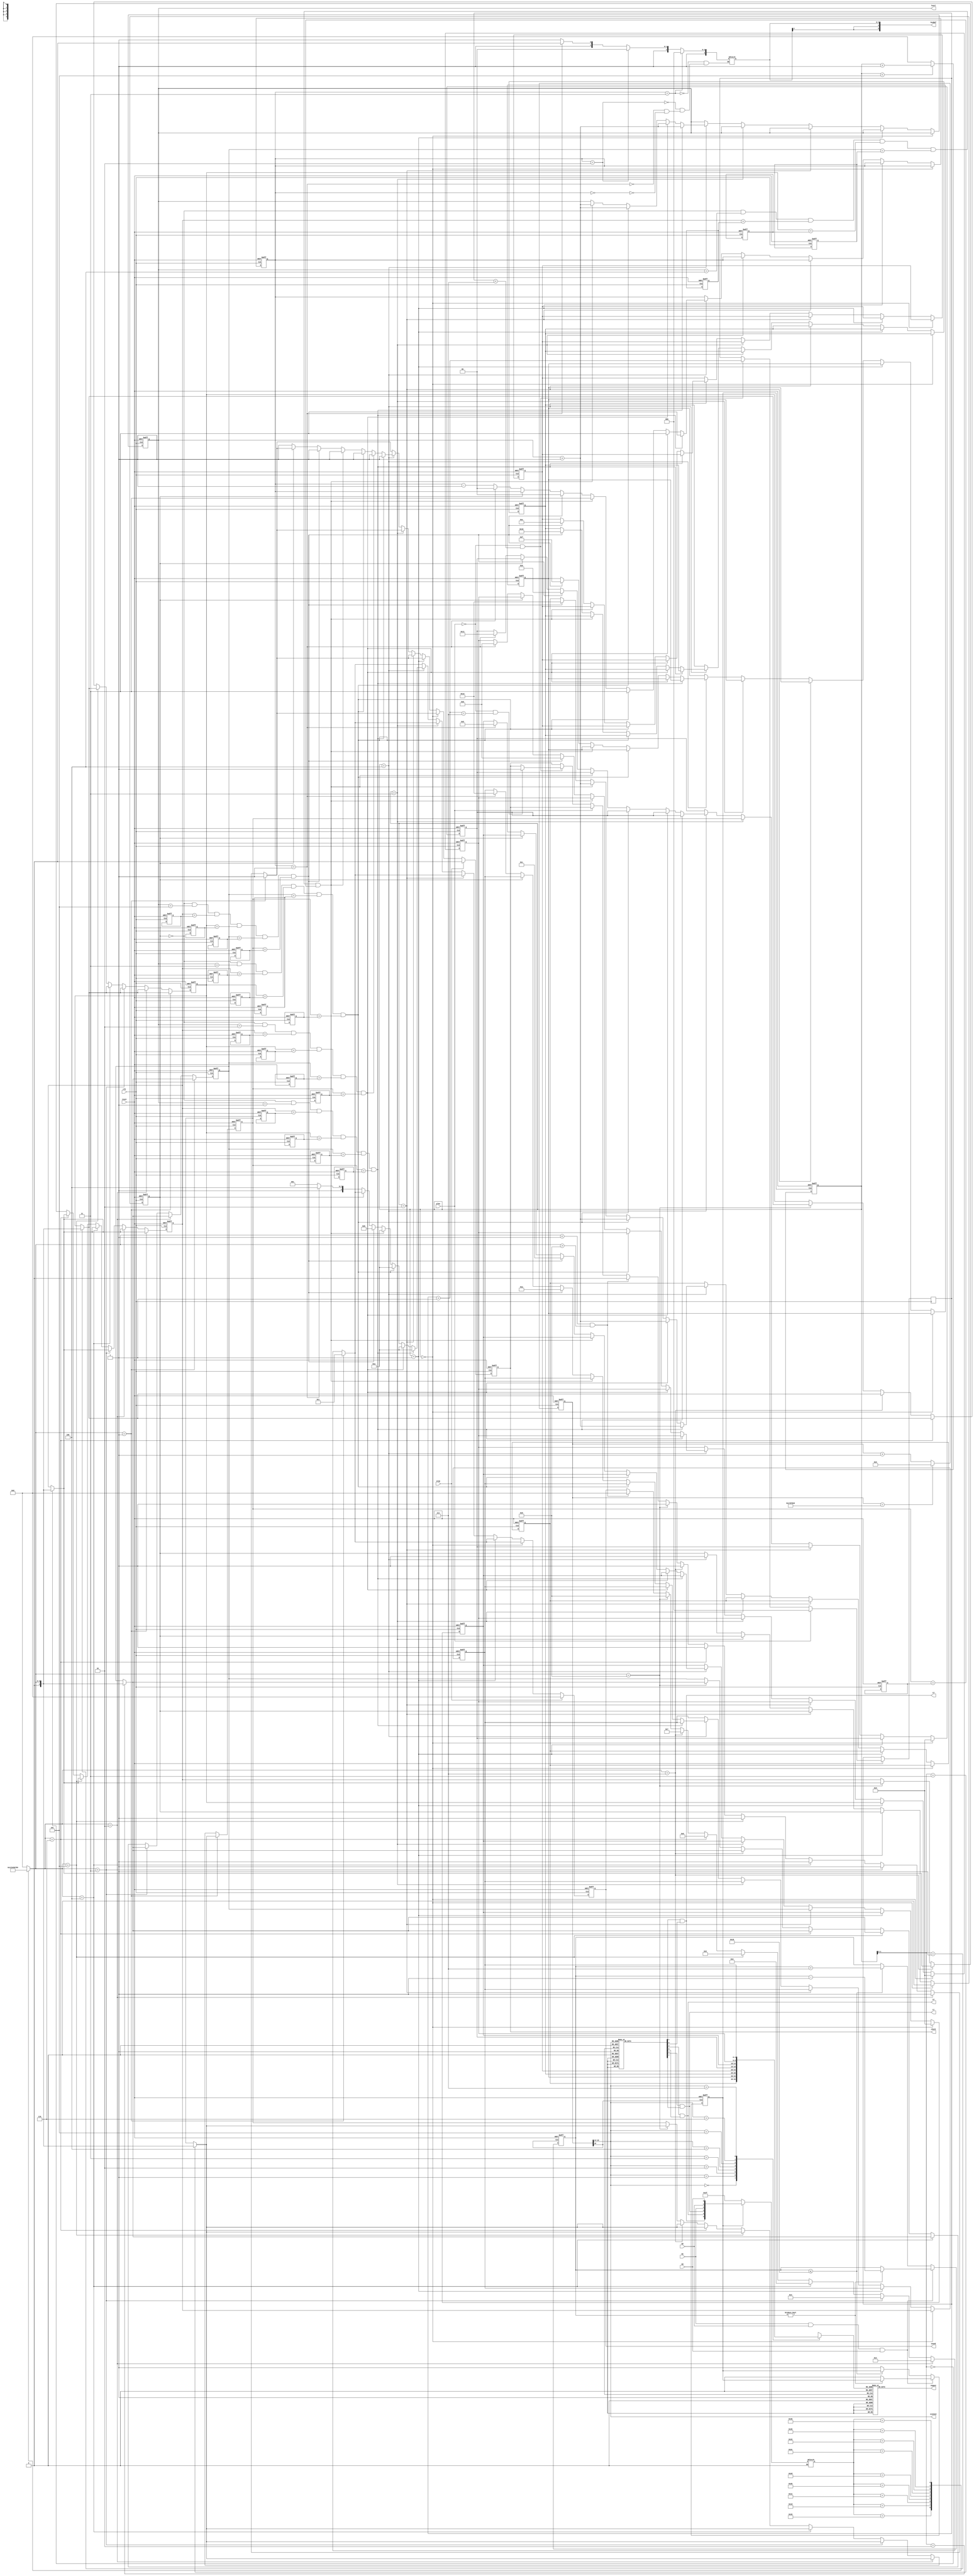
module game(clk,reset,segout,scanout,L1,L2,L3,B1,B2,B3,play,check,stop,level,sound,keyBuf);
input reset, clk, play;
output reg [7:0] segout;
output reg [2:0] scanout;
output wire L1,L2,L3;
input wire B1,B2,B3;
output reg [4:0] level=1;  //4bits total 8 level
output reg [0:0] check = 0;
output reg [3:0] sound = 0;
output reg[5:0] keyBuf=6'b111111;
input stop;

reg [25:0] cnt_scan;
reg[4:0] sel;

reg [5:0] led;

reg clk1;
reg clk2;

reg [4:0] q0;
reg [4:0] q1;
reg [4:0] q2;
reg [4:0] q3;
reg [4:0] q4;
reg [4:0] q5;
reg [4:0] q6;
reg [4:0] q7;

reg [4:0] user [0:3];
reg [4:0] answer1 [0:3];//answer1 0~4  size:4
reg [4:0] answer2 [0:3];
reg [4:0] answer3 [0:3];
reg [4:0] answer4 [0:3];
reg [4:0] answer5 [0:3];

reg [3:0] buttom_count=5;

reg[3:0] keyCode=0;
reg[2:0] bncCount_play=0;

wire din;
reg dnc_rslt;
reg [2:0] dly_dnc_rslt;
reg [4:0] key_press_cnt;
reg [7:0] scanout1;
reg [0:0] temp=0;
reg [1:0] life = 3;

always@(posedge clk or negedge reset)
begin
 	if(!reset)
 	begin
  		cnt_scan<=0;
 	end
 	else 
 	begin 
  		cnt_scan<=cnt_scan+1;
  		if(cnt_scan == 25000000)
  		begin
   			cnt_scan<=0;
   			clk1<=~clk1;
  		end
 	end
end  

always@(posedge clk,negedge reset)
begin
 	if(reset == 0)
 	begin
  		check = 0;
  		sound = 0;
  		
		user[0] = 5'b01101;
		user[1] = 5'b01101;
		user[2] = 5'b01101;
		user[3] = 5'b01101;
		
		answer1[0] = 1;
		answer1[1] = 1;
		answer1[2] = 5;
		answer1[3] = 5;
		
		answer2[0] = 3;
		answer2[1] = 2;
		answer2[2] = 3;
		answer2[3] = 2;
		
		answer3[0] = 3;
		answer3[1] = 5;
		answer3[2] = 6;
		answer3[3] = 5;
		
		answer4[0] = 8;
		answer4[1] = 4;
		answer4[2] = 7;
		answer4[3] = 3;
		
		answer5[0] = 2;
		answer5[1] = 5;
		answer5[2] = 3;
		answer5[3] = 1;
		
		q0=5'b00001; //start from level 1
  		q1=5'b01011; 
  		q2=5'b01101;
  		q3=5'b01101;
  		q4=5'b01101;
  		q5=5'b01101;
  		q6=5'b01101;
  		q7=5'b01101;
  		
  		level = 1;
		
		temp = 0;
		life = 3;
  	end
 	else 
 	begin
 		if(play == 1)
			bncCount_play=0;
 		else if (play == 0 && bncCount_play <3'b111)
 		begin
  			bncCount_play = bncCount_play + 1;
  			if(play == 0 && bncCount_play == 3'b111)
  			begin
   				check = 1;
   			end
 		end
			
		if(keyCode == 1)
		begin
			check=1;
			sound=1;
			user[buttom_count] <= keyCode;
		end
		else if(keyCode == 2)
		begin
			check=1;
			sound=2;
			user[buttom_count] <= keyCode;
		end
		else if(keyCode == 3)
		begin
			check=1;
			sound=3;
			user[buttom_count] <= keyCode;
		end
		else if(keyCode == 4)
		begin
			check=1;
			sound=4;
			user[buttom_count] <= keyCode;
		end
		else if(keyCode == 5)
		begin
			check=1;
			sound=5;
			user[buttom_count] <= keyCode;
		end
		else if(keyCode == 6)
		begin
			check=1;
			sound=6;
			user[buttom_count] <= keyCode;
		end
		else if(keyCode == 7)
		begin
			check=1;
			sound=7;
			user[buttom_count] <= keyCode;
		end
		else if(keyCode == 8)
		begin
			check=1;
			sound=8;
			user[buttom_count] <= keyCode;
		end
		else if(keyCode<1 && keyCode>8)
		begin
			check = 0;
			sound = 0;
		end
		
		if(buttom_count == 0)
		begin
			q7<=5'b01101;
			q6<=5'b01101;
			q5<=5'b01101;
			q4<=5'b01101;
			q7 <= user[0];
			temp = 0;
		end			
		else if(buttom_count == 1)
			q6 <= user[1];
		else if(buttom_count == 2)
			q5 <= user[2];
		else if(buttom_count == 3)
			q4 <= user[3];
		else if(buttom_count==4)
		begin
			if(temp == 0 && level == 1 && user[0] == answer1[0] && user[1] == answer1[1] && user[2] == answer1[2] && user[3] == answer1[3])
			begin
				check=1;
				sound=10;
				level = level + 1;
				q0<=level;
				temp = 1;	
				life = 3;
			end
			else if(temp == 0 && level == 2 && user[0] == answer2[0] && user[1] == answer2[1] && user[2] == answer2[2] && user[3] == answer2[3])
			begin
				check=1;
				sound=10;
				level = level + 1;
				q0<=level;
				temp = 1;
				life = 3;
			end
			else if(temp == 0 && level == 3 && user[0] == answer3[0] && user[1] == answer3[1] && user[2] == answer3[2] && user[3] == answer3[3])
			begin
				check=1;
				sound=10;
				level = level + 1;
				q0<=level;
				temp = 1;
				life = 3;
			end
			else if(temp == 0 && level == 4 && user[0] == answer4[0] && user[1] == answer4[1] && user[2] == answer4[2] && user[3] == answer4[3])
			begin
				check=1;
				sound=10;
				level = level + 1;
				q0<=level;
				temp = 1;
				life = 3;
			end			
			else if(temp == 0 && level == 5 && user[0] == answer5[0] && user[1] == answer5[1] && user[2] == answer5[2] && user[3] == answer5[3])
			begin
				q0 <= 5'b10010;
				q1 <= 5'b01111;
				q2 <= 5'b10000;
				q3 <= 5'b01110;
				q4 <= 5'b01001;
				q5 <= 5'b01100;
				q6 <= 5'b00000;
				q7 <= 5'b01010;
				check=1;
				sound=11;
				temp = 1;	
				life = 0;
			end
			else if(temp == 0)
			begin
				temp = 1;
				if(life == 1)
				begin
					check=1;
					sound=12;
					q7 <= 5'b10010;
					q6 <= 5'b00000;
					q5 <= 5'b00101;
					q4 <= 5'b10001;
					life = 0;
				end
				else
				begin
					check=1;
					sound=9;
					life = life - 1;
				end
			end
		end
		
		if(stop == 1)
 		begin
			sound = 0;
			check = 0;
		end
 	end
end 




always@(posedge dnc_rslt, negedge reset) 
begin
	if(!reset)
	begin  
  		buttom_count = 5;
  	end
	else
	begin
		if(buttom_count < 5)
			buttom_count <= buttom_count + 1;
		else 
			buttom_count <= 0;		
	end
end



//3x3 debounce
always@(negedge cnt_scan[10], negedge reset)
begin
	if(reset == 0)
	begin
		dnc_rslt <= 0;
		key_press_cnt <= 0;
	end
	else
		if(din == 0)
			if(key_press_cnt <= 5'b11000)
			begin
				key_press_cnt <= key_press_cnt + 7;
			end
			else
				dnc_rslt <= 1;
		else
			if(key_press_cnt != 0)
				key_press_cnt <= key_press_cnt - 1;
			else
				dnc_rslt <= 0;
end
always@(posedge cnt_scan[5])
begin
	dly_dnc_rslt[0] <= dnc_rslt;
	dly_dnc_rslt[2:1] <= dly_dnc_rslt[1:0];
end
always@(*)
	case(dnc_rslt)
	1: clk2 <= dly_dnc_rslt[2];
	0: clk2 <= clk1;
	endcase

assign L3 = scanout1[1] & scanout1[5];
assign L2 = scanout1[2] & scanout1[6];
assign L1 = scanout1[3] & scanout1[7];

assign din  = B1 & B2 & B3;

always@(*)
begin
	if(dnc_rslt == 0)
		led <= 6'b111111;
	else if(dnc_rslt == 1)
		led <= {L3,L2,L1,B1,B2,B3};
end

always@(*) 
begin
	case(led)
		6'b011_011:
		begin
			keyCode <= 1;
		end
		6'b011_101:
		begin
			keyCode <= 2;
		end
		6'b011_110:
		begin
			keyCode <= 3;
		end
		6'b101_011:
		begin
			keyCode <= 4;
		end
		6'b101_101:
		begin
			keyCode <= 5;
		end
		6'b101_110:
		begin
			keyCode <= 6;
		end
		6'b110_011:
		begin
			keyCode <= 7;
		end
		6'b110_101:
		begin
			keyCode <= 8;
		end
		6'b110_110:
		begin
			keyCode <= 9;
		end
		default:keyCode <= 0;
	endcase
	
	
end

always@(cnt_scan[15:13])
begin
	scanout <= cnt_scan[15:13];

	case(cnt_scan[15:13])
		3'b000:
			scanout1 = 8'b1111_1110;
		3'b001:
			scanout1 = 8'b1111_1101;
		3'b010:
			scanout1 = 8'b1111_1011;
		3'b011:
			scanout1 = 8'b1111_0111;
		3'b100:
			scanout1 = 8'b1110_1111;
		3'b101:
			scanout1 = 8'b1101_1111;
		3'b110:
			scanout1 = 8'b1011_1111;
		3'b111:
			scanout1 = 8'b0111_1111;
		default:
			scanout1 = 8'b1111_1110;
	endcase
end

//chung's part of ringLED to check button pressed
always@(*)
begin
	if(life == 3)
		keyBuf <= 6'b111000;
	else if(life == 2)
		keyBuf <= 6'b111100;
	else if(life == 1)
		keyBuf <= 6'b111110;
	else if(life == 0)
		keyBuf <= 6'b111111;
end


//light

always@(scanout)
begin
	case(scanout)
		0:
			sel = q0;
		1:
			sel = q1;
		2:
			sel = q2;
		3:
			sel = q3;
		4:
			sel = q4;
		5:
			sel = q5;
		6:
			sel = q6;
		7:
			sel = q7;
		default:
			sel = 5'b01011;
	endcase
end

always@(sel)
begin
	case(sel)
		5'b00000:
			segout <= 8'd192;
		5'b00001:
			segout <= 8'b1111_1001;
		5'b00010:
			segout <= 8'b1010_0100;
		5'b00011:
			segout <= 8'b1011_0000;
		5'b00100:
			segout <= 8'b1001_1001;
		5'b00101:
			segout <= 8'b1001_0010;
		5'b00110:
			segout <= 8'b1000_0010;
		5'b00111:
			segout <= 8'b1111_1000;
		5'b01000:
			segout <= 8'b0111_1001; //high do
		5'b01001:
			segout <= 8'b1001_0000; //g
		5'b01010:
			segout <= 8'b1100_0110; //c
		5'b01011:
			segout <= 8'b0100_0111; //L.
		5'b01100:
			segout <= 8'b1100_1000; //n
		5'b01110:
			segout <= 8'b1000_1111; //r
		5'b01111:
			segout <= 8'b1000_0111; //t
		5'b10000:
			segout <= 8'b0100_0000; //a
		5'b10001:
			segout <= 8'b1000_0110; //E
		5'b10010:
			segout <= 8'b1100_0111; //L
		default:
			segout <= 8'b1111_1111;  //5'b01101
	endcase
end

endmodule